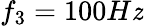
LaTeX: f_{3}=100H\mathit{z}